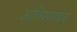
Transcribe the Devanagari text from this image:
अतिसारहर